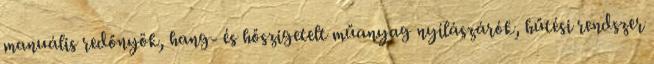
manuális redőnyök, hang- és hőszigetelt műanyag nyílászárók, hűtési rendszer